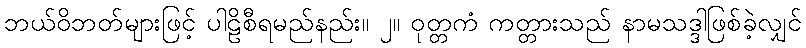
ဘယ်ဝိဘတ်များဖြင့် ပါဠိစီရမည်နည်း။ ၂။ ဝုတ္တကံ ကတ္တားသည် နာမသဒ္ဒါဖြစ်ခဲ့လျှင်